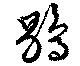
鶡